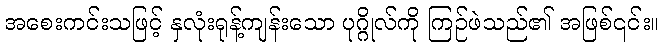
အစေးကင်းသဖြင့် နှလုံးရုန့်ကျန်းသော ပုဂ္ဂိုလ်ကို ကြဉ်ဖဲသည်၏ အဖြစ်၎င်း။